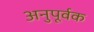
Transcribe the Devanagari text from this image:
अनुपूर्वक